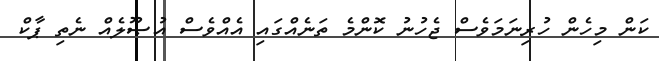
ކަން މިހެން ހުރިނަމަވެސް ޖެހުނު ކޮންމެ ތަނެއްގައި އެއްވެސް އުޞޫލެއް ނެތި ޕާކް